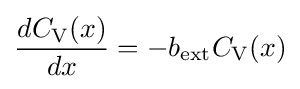
{\frac {dC_{\text{V}}(x)}{dx}}=-b_{\text{ext}}C_{\text{V}}(x)